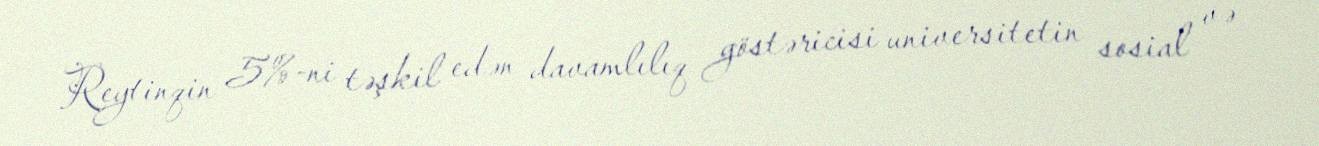
Reytinqin 5%-ni təşkil edən davamlılıq göstəricisi universitetin sosial və